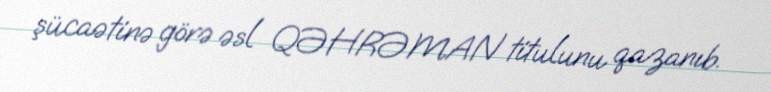
şücaətinə görə əsl QƏHRƏMAN titulunu qazanıb.